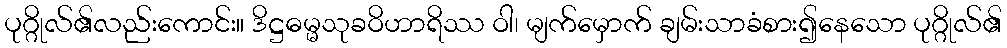
ပုဂ္ဂိုလ်၏လည်းကောင်း။ ဒိဋ္ဌဓမ္မသုခဝိဟာရိဿ ဝါ၊ မျက်မှောက် ချမ်းသာခံစား၍နေသော ပုဂ္ဂိုလ်၏